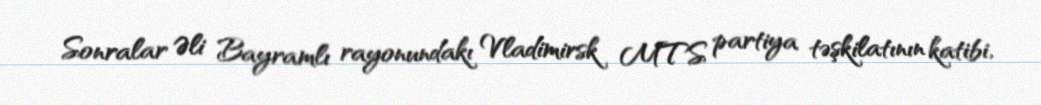
Sonralar Əli Bayramlı rayonundakı Vladimirsk MTS partiya təşkilatının katibi,